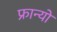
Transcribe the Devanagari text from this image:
फ्रान्यो